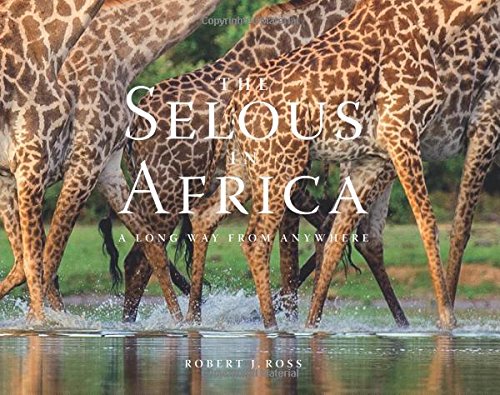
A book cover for The Selous in Africa: A Long Way from Anywhere; Rolf  D. Baldus; Travel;